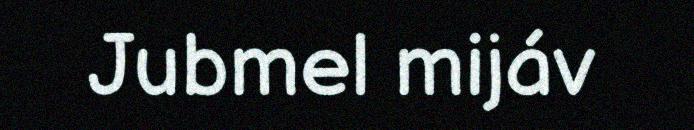
Jubmel mijáv